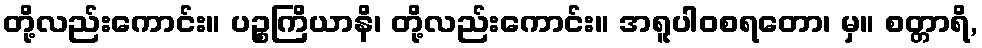
တို့လည်းကောင်း။ ပဉ္စကြိယာနိ၊ တို့လည်းကောင်း။ အရူပါဝစရတော၊ မှ။ စတ္တာရိ,